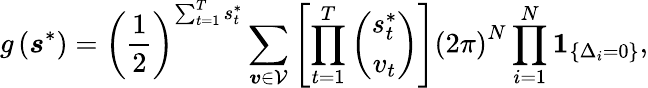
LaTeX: g\left(\boldsymbol{s}^{*}\right)=\left(\frac{1}{2}\right)^{\sum_{t=1}^{T}s_{t}^{*}}\sum_{\boldsymbol{v}\in\mathcal{V}}\left[\prod_{t=1}^{T}\left(\begin{array}{c}{s_{t}^{*}}\\ {v_{t}}\end{array}\right)\right]\left(2\pi\right)^{N}\prod_{i=1}^{N}\boldsymbol{1}_{\left\{ \Delta_{i}=0\right\} },